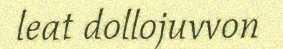
leat dollojuvvon